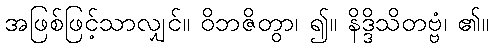
အဖြစ်ဖြင့်သာလျှင်။ ဝိဘဇိတွာ၊ ၍။ နိဒ္ဒိသိတဗ္ဗံ၊ ၏။